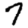
Digit: 7